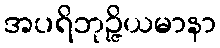
အပရိဘုဉ္ဇိယမာနာ